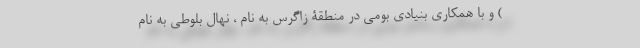
) و با همکاری بنیادی بومی در منطقۀ زاگرس به نام ، نهال بلوطی به نام